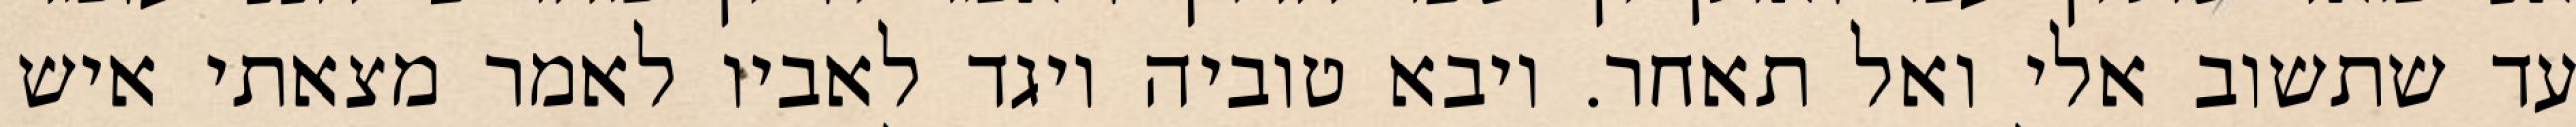
עד שתשוב אלי ואל תאחר. ויבא טוביה ויגד לאביו לאמר מצאתי איש